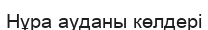
Нұра ауданы көлдері